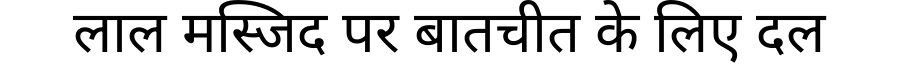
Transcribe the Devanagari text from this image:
लाल मस्जिद पर बातचीत के लिए दल